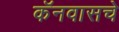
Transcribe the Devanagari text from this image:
कॅनवासचे